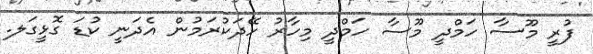
ފުރީ މޫސާ ހަމްދީ މޫސާ ހަމްދީ މިހާރު ހޭދަކުރަމުން އެދަނީ ކުޑަ ގޮޅީގަލ.